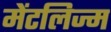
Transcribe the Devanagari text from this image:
मेंटलिज्म